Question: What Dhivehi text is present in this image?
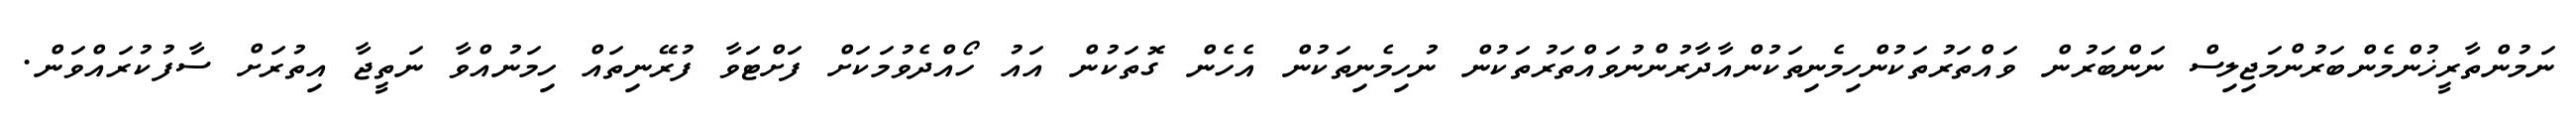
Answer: ނަމުންތާރީޚުންމެންބަރުންމަޖިލިސް ނަންބަރުން ވައްތަރުތަކުންހިމެނިތަކުންއާދާރުންނުވައްތަރުތަކުން ނުހިމެނިތަކުން އެހެން ގޮތަކުން އައު ހޯއްދެވުމަކަށް ފަށްޓަވާ ފުރޭނިތައް ހިމަނުއްވާ ނަތީޖާ އިތުރަށް ސާފުކުރައްވަން.